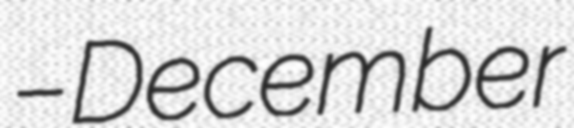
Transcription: – December